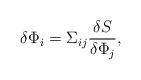
\begin{align*}\delta \Phi_i = \Sigma_{ij} {\delta S\over \delta \Phi_j},\end{align*}